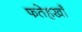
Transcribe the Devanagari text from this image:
फतेहखाँ